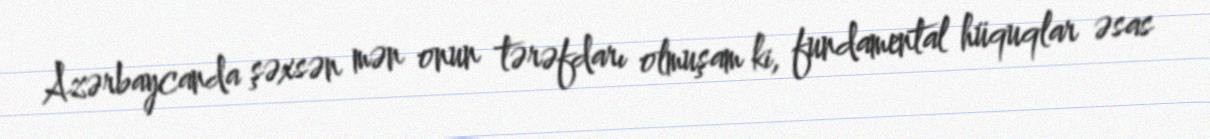
Azərbaycanda şəxsən mən onun tərəfdarı olmuşam ki, fundamental hüquqlar əsas